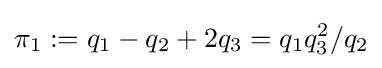
\pi _{1}:=q_{1}-q_{2}+2q_{3}=q_{1}q_{3}^{2}/q_{2}